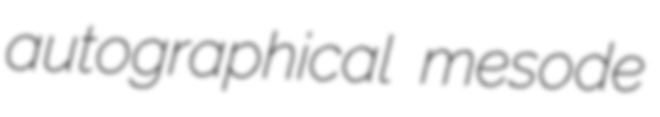
autographical mesode